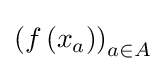
\left(f\left(x_{a}\right)\right)_{a\in A}